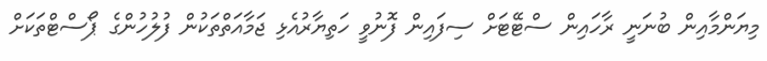
މިޔަންމާއިން ބުނަނީ ރާހައިން ސްޓޭޓަށް ސިފައިން ފޮނުވީ ހަތިޔާރުއެޅި ޖަމާއަތްތަކުން ފުލުހުންގެ ޕޯސްޓްތަކަށް